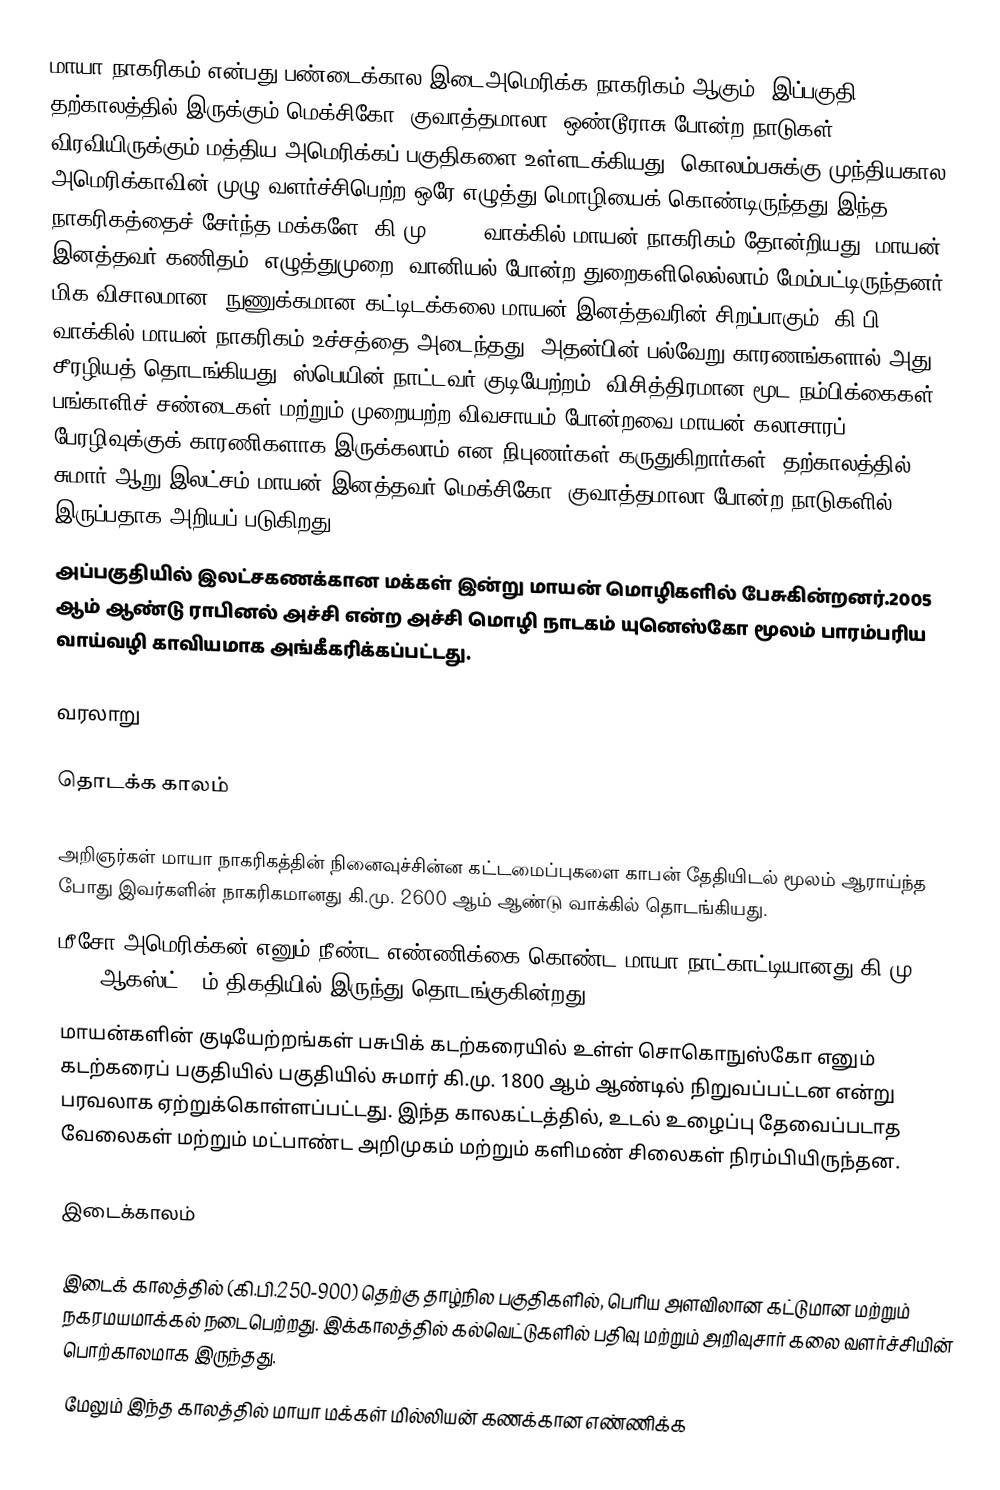
மாயா நாகரிகம் என்பது  பண்டைக்கால இடைஅமெரிக்க நாகரிகம் ஆகும். இப்பகுதி, தற்காலத்தில் இருக்கும் மெக்சிகோ, குவாத்தமாலா, ஒண்டூராசு போன்ற நாடுகள் விரவியிருக்கும் மத்திய அமெரிக்கப் பகுதிகளை உள்ளடக்கியது. கொலம்பசுக்கு முந்தியகால அமெரிக்காவின் முழு வளர்ச்சிபெற்ற ஒரே எழுத்து மொழியைக் கொண்டிருந்தது இந்த நாகரிகத்தைச் சேர்ந்த மக்களே. கி.மு. 2600 வாக்கில் மாயன் நாகரிகம் தோன்றியது. மாயன் இனத்தவர் கணிதம், எழுத்துமுறை, வானியல் போன்ற துறைகளிலெல்லாம் மேம்பட்டிருந்தனர். மிக விசாலமான, நுணுக்கமான கட்டிடக்கலை மாயன் இனத்தவரின் சிறப்பாகும். கி.பி. 150 வாக்கில் மாயன் நாகரிகம் உச்சத்தை அடைந்தது. அதன்பின் பல்வேறு காரணங்களால் அது சீரழியத் தொடங்கியது. ஸ்பெயின் நாட்டவர் குடியேற்றம், விசித்திரமான மூட நம்பிக்கைகள், பங்காளிச் சண்டைகள் மற்றும் முறையற்ற விவசாயம் போன்றவை மாயன் கலாசாரப் பேரழிவுக்குக் காரணிகளாக இருக்கலாம் என நிபுணர்கள் கருதுகிறார்கள். தற்காலத்தில் சுமார் ஆறு இலட்சம் மாயன் இனத்தவர் மெக்சிகோ, குவாத்தமாலா போன்ற நாடுகளில் இருப்பதாக அறியப் படுகிறது.
அப்பகுதியில் இலட்சகணக்கான மக்கள் இன்று மாயன் மொழிகளில் பேசுகின்றனர்.2005 ஆம் ஆண்டு ராபினல் அச்சி என்ற அச்சி மொழி நாடகம் யுனெஸ்கோ மூலம் பாரம்பரிய வாய்வழி காவியமாக அங்கீகரிக்கப்பட்டது.

வரலாறு

தொடக்க காலம்

அறிஞர்கள் மாயா நாகரிகத்தின் நினைவுச்சின்ன கட்டமைப்புகளை காபன் தேதியிடல் மூலம் ஆராய்ந்த போது இவர்களின் நாகரிகமானது கி.மு. 2600 ஆம் ஆண்டு வாக்கில் தொடங்கியது.
மீசோ அமெரிக்கன் எனும் நீண்ட எண்ணிக்கை கொண்ட மாயா நாட்காட்டியானது கி.மு. 3114 ஆகஸ்ட் 11ம் திகதியில் இருந்து தொடங்குகின்றது.
மாயன்களின் குடியேற்றங்கள் பசுபிக் கடற்கரையில் உள்ள் சொகொநுஸ்கோ எனும் கடற்கரைப் பகுதியில் பகுதியில் சுமார் கி.மு. 1800 ஆம் ஆண்டில் நிறுவப்பட்டன என்று பரவலாக ஏற்றுக்கொள்ளப்பட்டது. இந்த காலகட்டத்தில், உடல் உழைப்பு தேவைப்படாத வேலைகள் மற்றும் மட்பாண்ட அறிமுகம் மற்றும் களிமண் சிலைகள் நிரம்பியிருந்தன.

இடைக்காலம்

இடைக் காலத்தில் (கி.பி.250-900) தெற்கு தாழ்நில பகுதிகளில், பெரிய அளவிலான கட்டுமான மற்றும் நகரமயமாக்கல் நடைபெற்றது. இக்காலத்தில் கல்வெட்டுகளில் பதிவு மற்றும் அறிவுசார் கலை வளர்ச்சியின் பொற்காலமாக இருந்தது.
மேலும் இந்த காலத்தில் மாயா மக்கள் மில்லியன் கணக்கான எண்ணிக்க